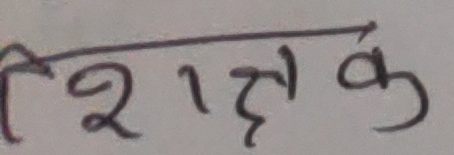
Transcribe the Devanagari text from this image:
शिक्षक